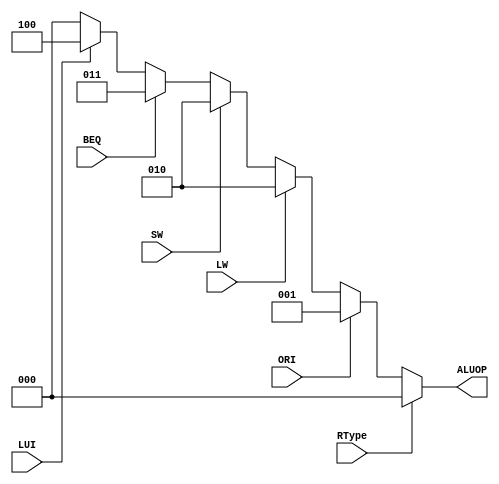
`timescale 1ns / 1ps
`default_nettype none 
module ALUOPDecoder (
    input wire RType, ORI, LW, SW, BEQ, LUI,
    output wire [2:0] ALUOP
);
    reg [2:0] ALUOPReg;
    assign ALUOP = ALUOPReg;
    always @(*) begin
        if (RType) begin
            ALUOPReg = 3'b000;
        end else if (ORI) begin
            ALUOPReg = 3'b001;
        end else if (LW) begin
            ALUOPReg = 3'b010;
        end else if (SW) begin
            ALUOPReg = 3'b010;
        end else if (BEQ) begin
            ALUOPReg = 3'b011;
        end else if (LUI) begin
            ALUOPReg = 3'b100;
        end else begin
            ALUOPReg = 3'b000;
        end
    end
endmodule



module RegDataSrcDecoder (
    input wire LW, JAL,
    output wire [2:0] RegDataSrc
);
    reg [2:0] RegDataSrcReg;
    assign RegDataSrc = RegDataSrcReg;
    always @(*) begin
        if (LW) begin
            RegDataSrcReg = 3'b001;
        end else if (JAL) begin
            RegDataSrcReg = 3'b010;
        end else begin
            RegDataSrcReg = 3'b000;
        end
    end
endmodule



module PCSrcDecoder (
    input wire Zero, BEQ, JAL, JR,
    output wire [2:0] PCSrc
);
    reg [2:0] PCSrcReg;
    assign PCSrc = PCSrcReg;
    always @(*) begin
        if (BEQ) begin
            PCSrcReg = 3'b001;
        end else if (JAL) begin
            PCSrcReg = 3'b010;
        end else if (JR) begin
            PCSrcReg = 3'b011;
        end else begin
            PCSrcReg = 3'b000;
        end
    end
endmodule



module RegDstDecoder (
    input wire RType, JAL,
    output wire [2:0] RegDst
);
    reg [2:0] RegDstReg;
    assign RegDst = RegDstReg;
    always @(*) begin
        if (RType) begin
            RegDstReg = 3'b001;
        end else if (JAL) begin
            RegDstReg = 3'b010;
        end else begin
            RegDstReg = 3'b000;
        end
    end
endmodule

module TimeDecoder (
    input wire RType, ORI, LW, SW, BEQ, LUI, JAL, JR,
    output wire [1:0] TuseD, TnewD
);
    reg [1:0] TuseDReg, TnewDReg;
    assign TuseD = TuseDReg;
    assign TnewD = TnewDReg;
    always @(*) begin
        if (RType) begin
            TuseDReg = JR ? 2'd0 : 2'd1;
        end else if (BEQ) begin
            TuseDReg = 2'd0;
        end else if (ORI || LW || SW || LUI) begin
            TuseDReg = 2'd1;
        end else if (JAL) begin
            TuseDReg = 2'd3;
        end

        if (RType) begin
            TnewDReg = JR ? 2'd0 : 2'd2;
        end else if (SW || BEQ || JAL) begin
            TnewDReg = 2'd0;
        end else if (ORI || LUI) begin
            TnewDReg = 2'd2;
        end else if (LW) begin
            TnewDReg = 2'd3;
        end
    end
endmodule